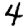
Digit: 4